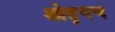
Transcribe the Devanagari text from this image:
श्रोतृगण